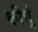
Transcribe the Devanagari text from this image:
कीधुं